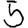
Digit: 5